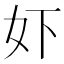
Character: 𫰈